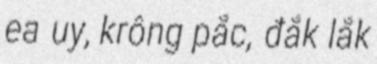
ea uy, krông pắc, đắk lắk